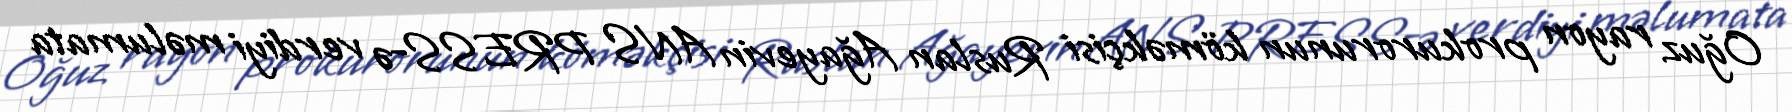
Oğuz rayon prokurorunun köməkçisi Ruslan Ağayevin ANS PRESS-ə verdiyi məlumata